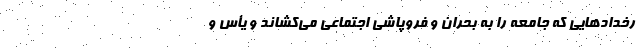
رخدادهایی که جامعه را به بحران و فروپاشی اجتماعی می‌کشاند و یأس و